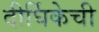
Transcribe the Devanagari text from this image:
दीर्घिकेची